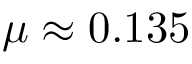
\mu \approx 0 . 1 3 5